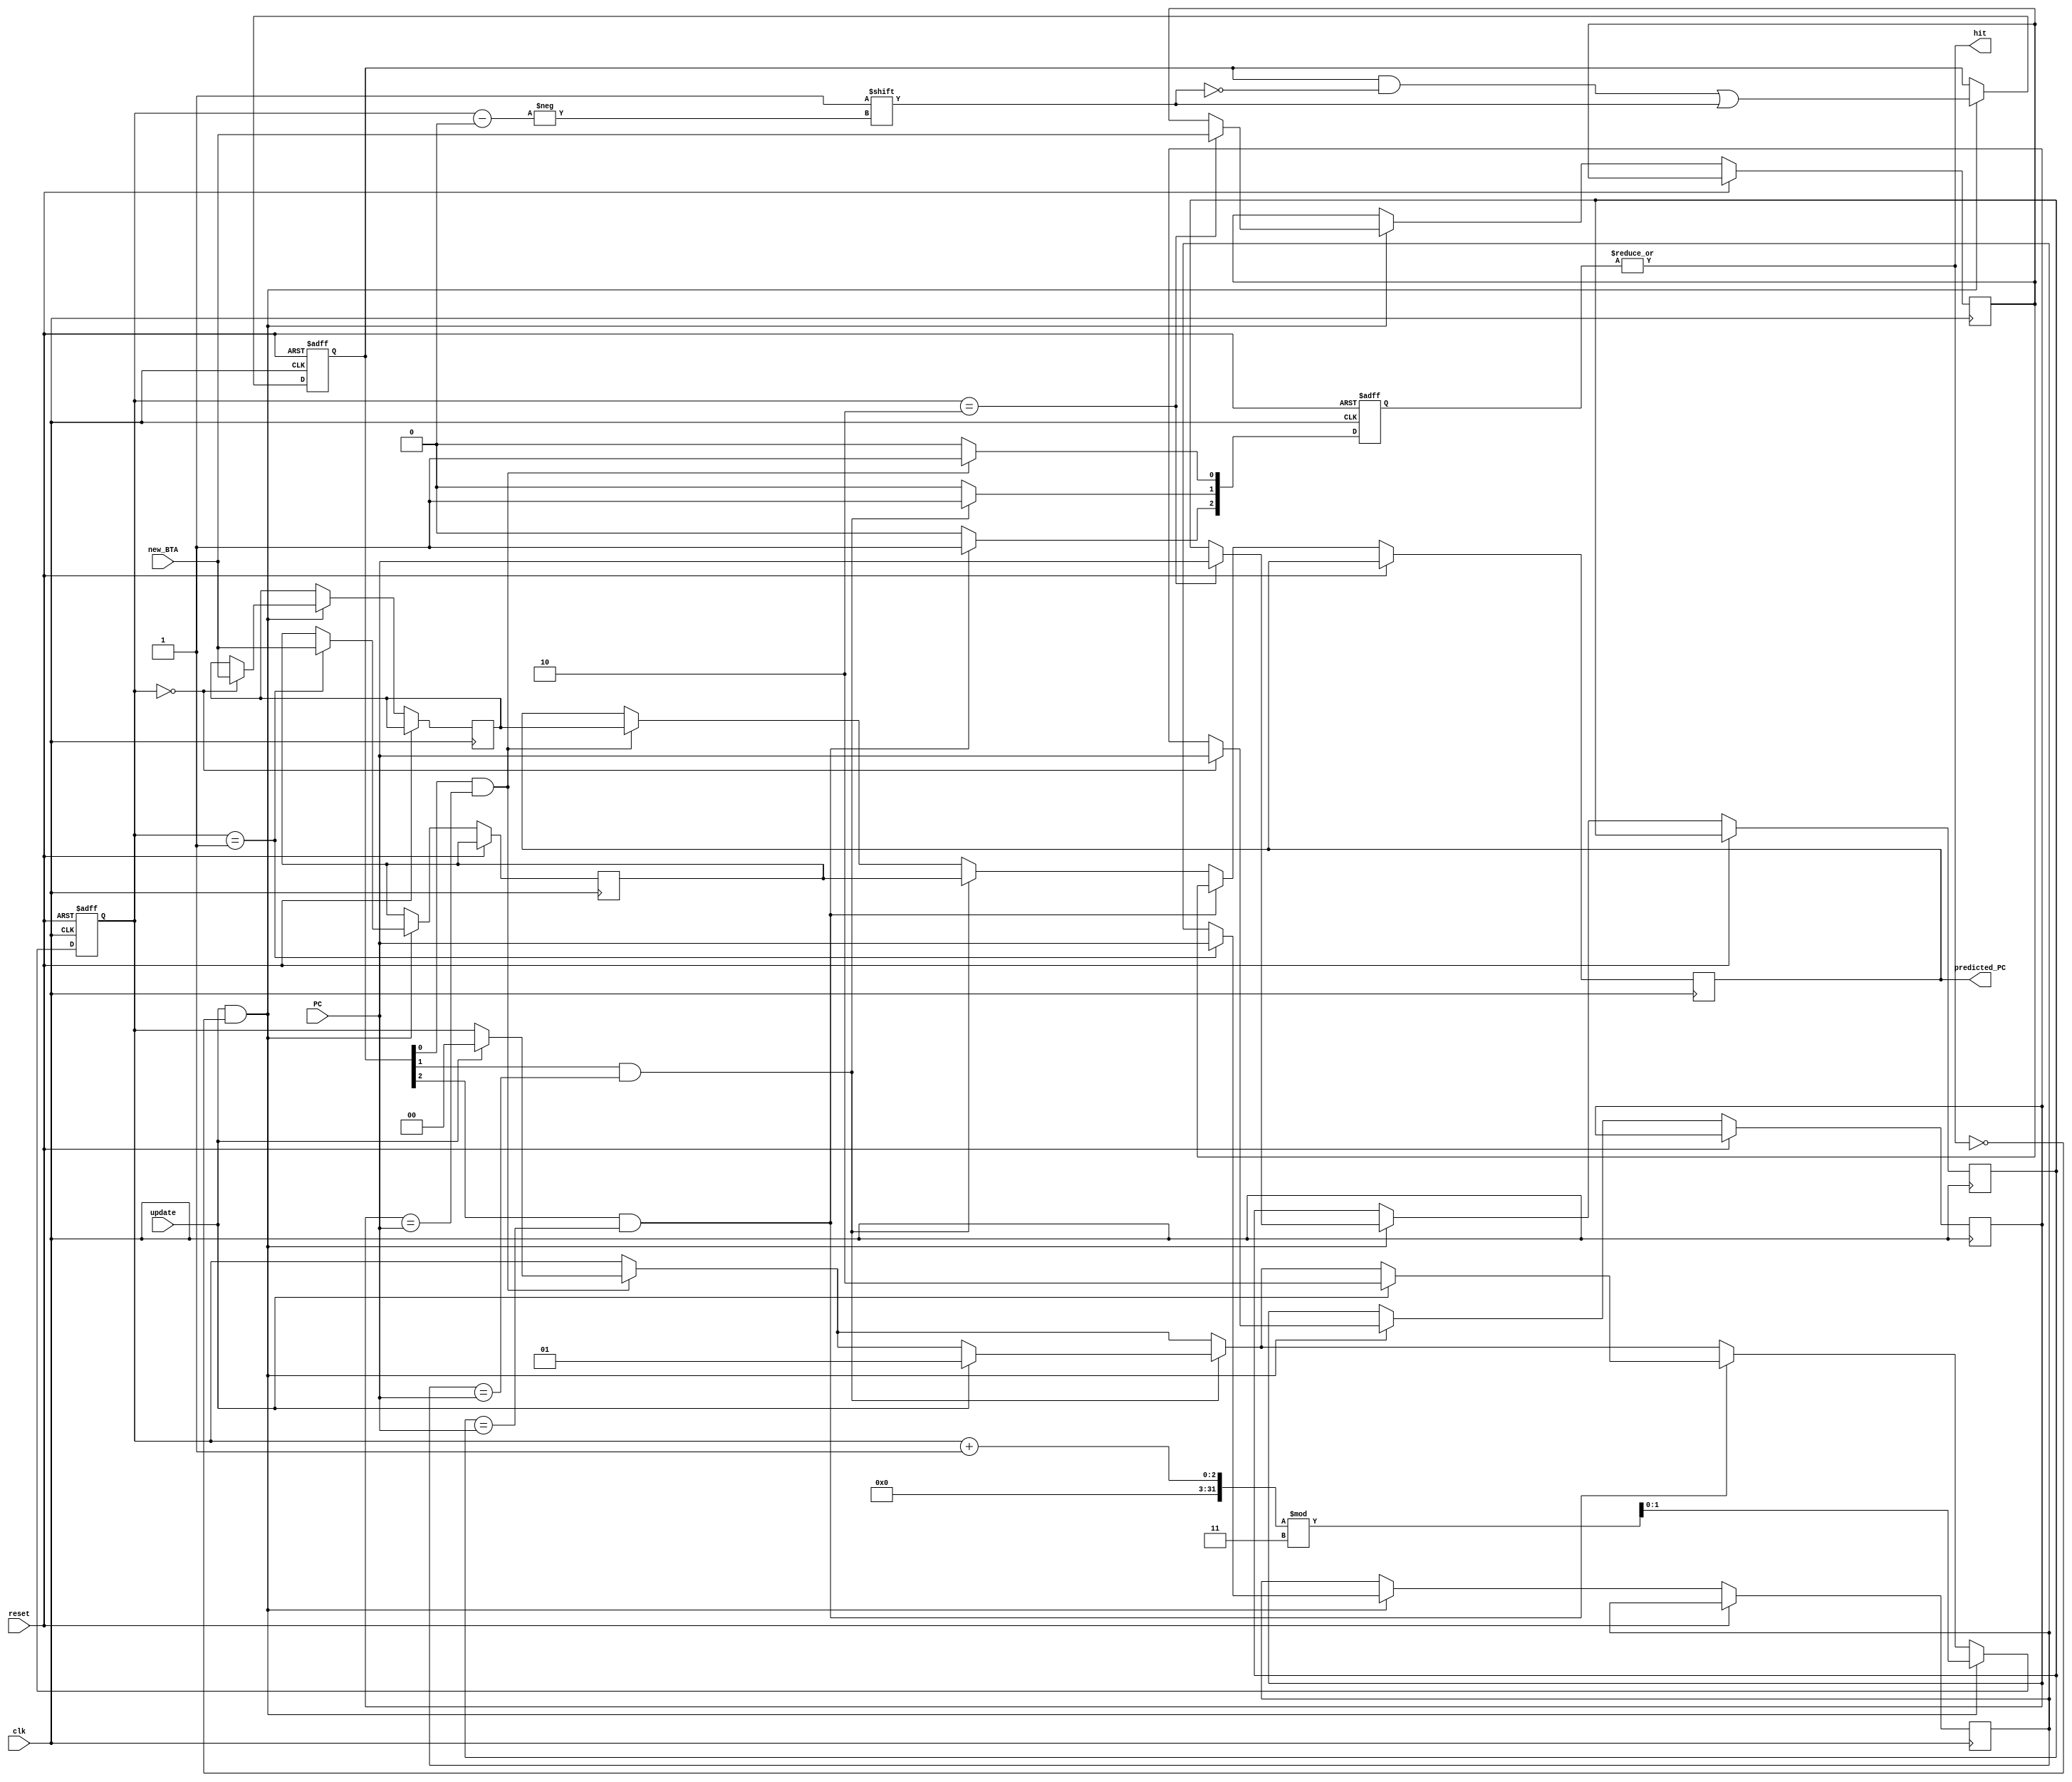
module branch (
  input wire [31:0] PC,         // Input PC
  input wire [31:0] new_BTA,    // New BTA to be stored
  input wire clk,               // Clock signal
  input wire reset,             // Reset signal
  input wire update,            // Flag to update the BTB
  output wire hit,              // Flag indicating a hit in the BTB
  output reg [31:0] predicted_PC // Predicted PC for next fetch stage
);

  // Parameter for the BTB size
  parameter BTB_SIZE = 3;

  // BTB Entries
  reg [31:0] BTB_PC [0:BTB_SIZE-1];
  reg [31:0] BTB_BTA [0:BTB_SIZE-1];
  
  // Valid bit for each BTB entry
  reg [BTB_SIZE-1:0] valid;
  
  // LRU counter
  reg [$clog2(BTB_SIZE)-1:0] LRU;
  reg [BTB_SIZE-1:0] hit_array;

  integer i;
  
  // BTB operation
  always @(posedge clk or posedge reset) begin
    if(reset) begin
      valid <= 0;
      LRU <= 0;
      hit_array <= 0;
    end
    else begin
      for(i = 0; i < BTB_SIZE; i = i + 1) begin
        if(valid[i] && BTB_PC[i] == PC) begin
          hit_array[i] <= 1;
          predicted_PC <= BTB_BTA[i];
          if(update) begin
            LRU <= i;
          end
        end
        else begin
          hit_array[i] <= 0;
        end
      end
      if(update && !hit) begin
        BTB_PC[LRU] <= PC;
        BTB_BTA[LRU] <= new_BTA;
        valid[LRU] <= 1;
        LRU <= (LRU + 1) % BTB_SIZE;
      end
    end
  end

  // Assign hit wire to logical OR of hit_array
  assign hit = |hit_array;

endmodule